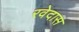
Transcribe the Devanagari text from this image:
रवेदास